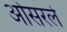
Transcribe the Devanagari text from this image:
ओसरले